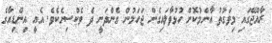
ރާއްޖޭގައި މިވަގުތު އާންމުކޮށް ހުޅުވާލައިގެން ޖަހަމުން ގެންދަނީ ދެ ވެކްސިނެކެވެ. އެއީ އިންޑިއާގެ